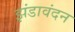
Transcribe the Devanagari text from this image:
झंडावंदन